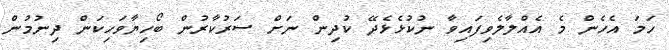
ހަމަ އެހެން މެ އެއްލާލެވިފައިވާ ނުކުޅެޅެދޭ ކުދިން ނަށް ސަރުކާރުން ބޯހިޔާވަހިކަން ދިނުމުން